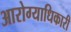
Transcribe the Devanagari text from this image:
आरोग्याधिकारी